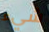
شيء